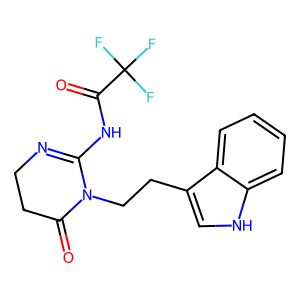
SMILES: O=C1CCN=C(NC(=O)C(F)(F)F)N1CCc1c[nH]c2ccccc12
Inhibits HIV replication: No